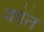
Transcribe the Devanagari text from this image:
कॉत